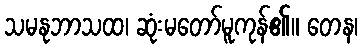
သမနုဘာသထ၊ ဆုံးမတော်မူကုန်၏။ တေန၊